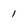
Character: 1